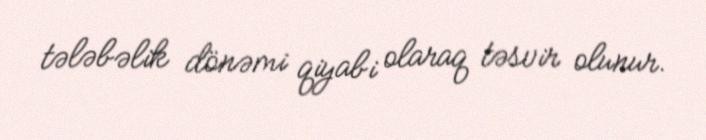
tələbəlik dönəmi qiyabi olaraq təsvir olunur.